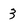
Character: 3